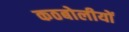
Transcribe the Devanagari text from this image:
कठबोलीयों